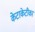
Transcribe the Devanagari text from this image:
केटाकेटीका